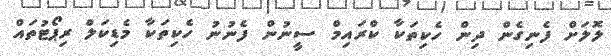
ލޮލަށް ފެނިގެން ދިން ހެކިތަކާ ކްރައިމް ސީނުން ފެނުނު ހެކިތަކާ މެޑިކަލް ރިޕޯޓުތައް